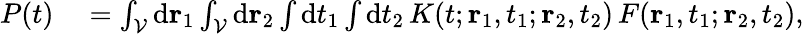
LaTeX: \begin{array}{rl}{P(t)}&{{}=\int_{\cal V}\mathrm{d}{\mathbf r}_{1}\int_{\cal V}\mathrm{d}{\mathbf r}_{2}\int\mathrm{d}t_{1}\int\mathrm{d}t_{2}\, K(t;{\mathbf r}_{1},t_{1};{\mathbf r}_{2},t_{2})\, F({\mathbf r}_{1},t_{1};{\mathbf r}_{2},t_{2}),}\end{array}